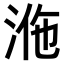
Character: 𣴾